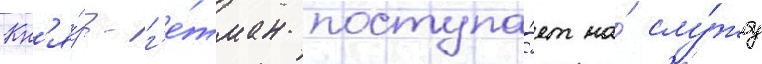
Кн'я́зь-г'е́тман поступа́ет на́ слу́жбу